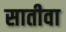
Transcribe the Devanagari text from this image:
सातीवा